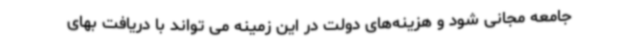
جامعه مجانی شود و هزینه‌های دولت در این زمینه می تواند با دریافت بهای